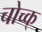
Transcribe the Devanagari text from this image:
चोच्क्